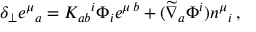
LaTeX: \delta _ { \perp } e ^ { \mu } { } _ { a } = K _ { a b } { } ^ { i } \Phi _ { i } e ^ { \mu \, b } + ( \widetilde \nabla _ { a } \Phi ^ { i } ) n ^ { \mu } { } _ { i } \, ,